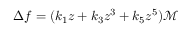
\Delta f = ( k _ { 1 } z + k _ { 3 } z ^ { 3 } + k _ { 5 } z ^ { 5 } ) \mathcal { M }